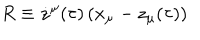
R \equiv \dot { z } ^ { \mu } ( \tau ) \, ( x _ { \mu } - z _ { \mu } ( \tau ) )